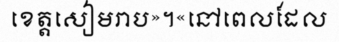
ខេត្តសៀមរាប»។«នៅពេលដែល